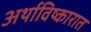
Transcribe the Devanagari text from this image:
अर्थाविष्कारात